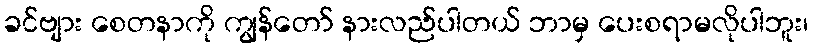
ခင်ဗျား စေတနာကို ကျွန်တော် နားလည်ပါတယ် ဘာမှ ပေးစရာမလိုပါဘူး၊